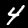
Digit: 4